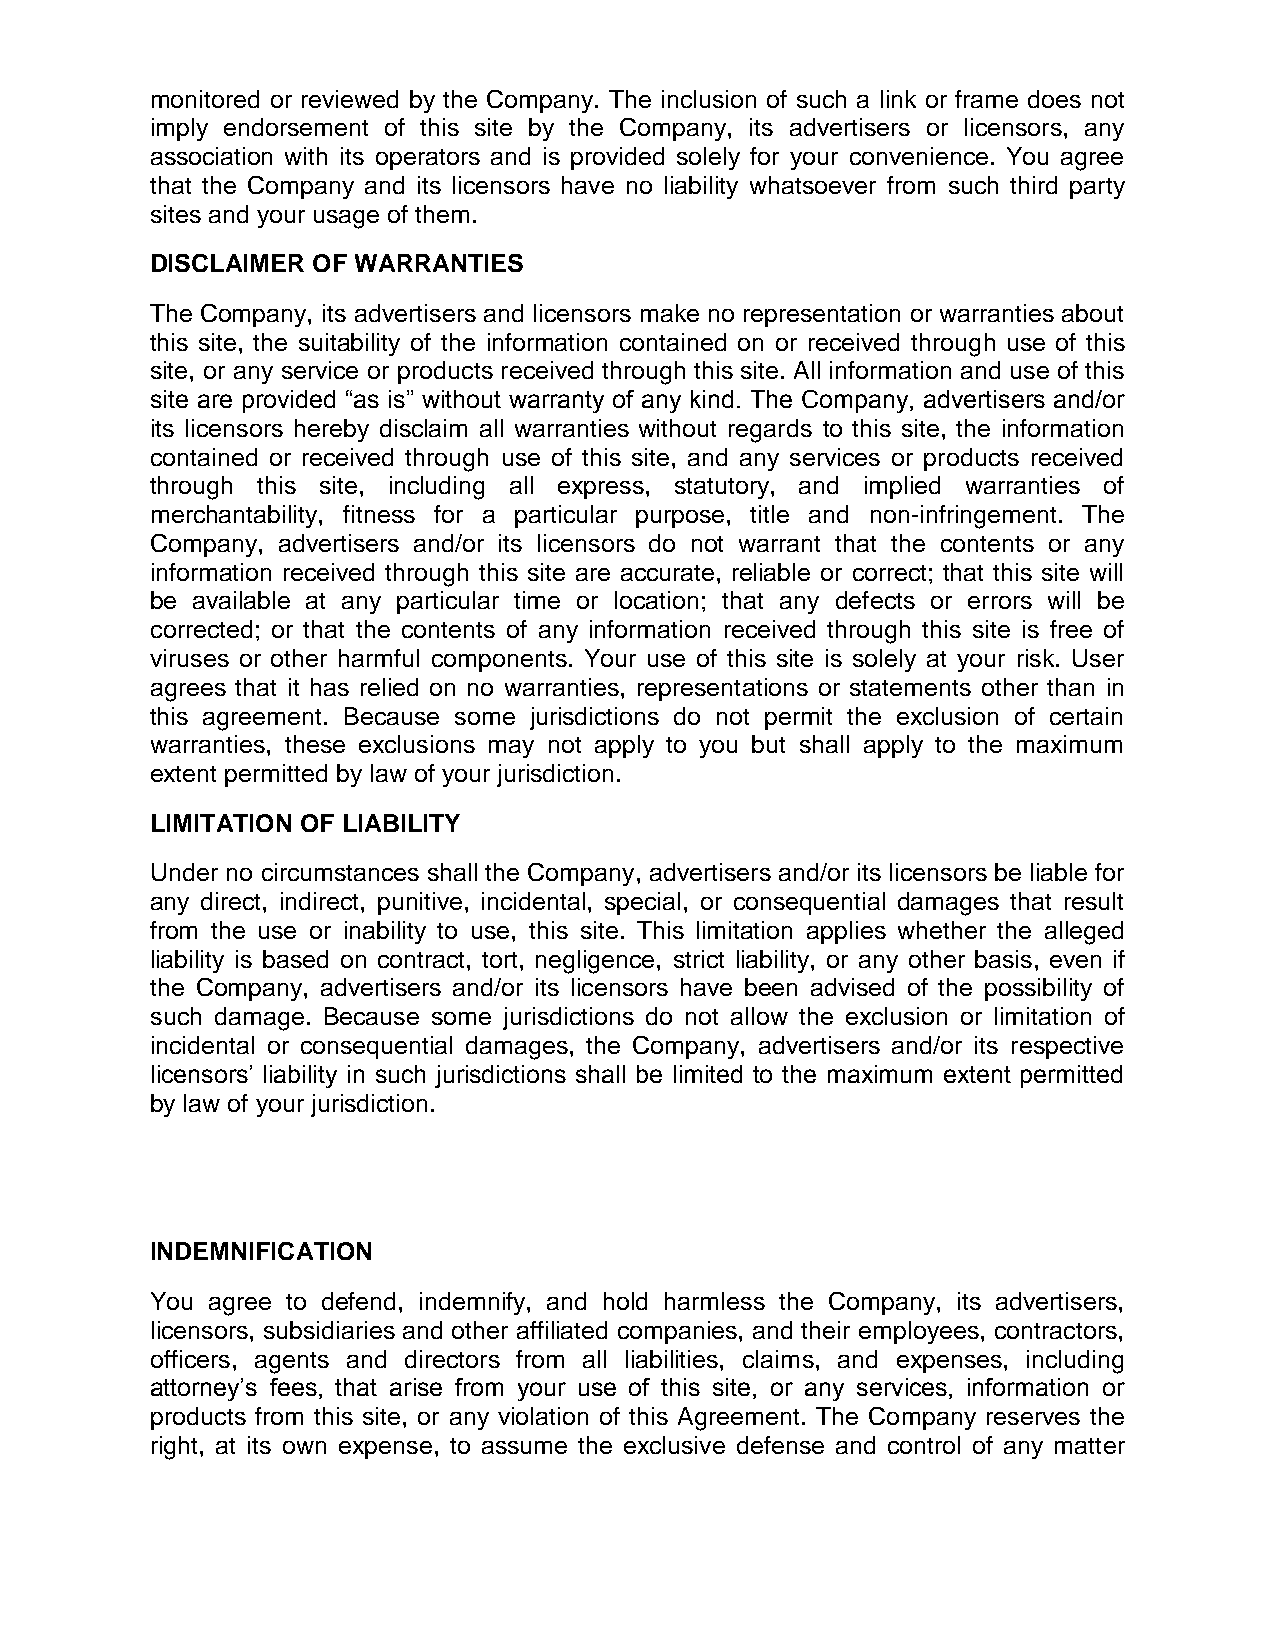
monitored or reviewed by the Company. The inclusion of such a link or frame does not
 imply endorsement of this site by the Company, its advertisers or licensors, any
 association with its operators and is provided solely for your convenience. You agree
 that the Company and its licensors have no liability whatsoever from such third party
 sites and your usage of them.
 DISCLAIMER OF WARRANTIES
 The Company, its advertisers and licensors make no representation or warranties about
 this site, the suitability of the information contained on or received through use of this
 site, or any service or products received through this site. All information and use of this
 site are provided “as is” without warranty of any kind. The Company, advertisers and/or
 its licensors hereby disclaim all warranties without regards to this site, the information
 contained or received through use of this site, and any services or products received
 through this site, including all express, statutory, and implied warranties of
 merchantability, fitness for a particular purpose, title and non-infringement. The
 Company, advertisers and/or its licensors do not warrant that the contents or any
 information received through this site are accurate, reliable or correct; that this site will
 be available at any particular time or location; that any defects or errors will be
 corrected; or that the contents of any information received through this site is free of
 viruses or other harmful components. Your use of this site is solely at your risk. User
 agrees that it has relied on no warranties, representations or statements other than in
 this agreement. Because some jurisdictions do not permit the exclusion of certain
 warranties, these exclusions may not apply to you but shall apply to the maximum
 extent permitted by law of your jurisdiction.
 LIMITATION OF LIABILITY
 Under no circumstances shall the Company, advertisers and/or its licensors be liable for
 any direct, indirect, punitive, incidental, special, or consequential damages that result
 from the use or inability to use, this site. This limitation applies whether the alleged
 liability is based on contract, tort, negligence, strict liability, or any other basis, even if
 the Company, advertisers and/or its licensors have been advised of the possibility of
 such damage. Because some jurisdictions do not allow the exclusion or limitation of
 incidental or consequential damages, the Company, advertisers and/or its respective
 licensors’ liability in such jurisdictions shall be limited to the maximum extent permitted
 by law of your jurisdiction.
 INDEMNIFICATION
 You agree to defend, indemnify, and hold harmless the Company, its advertisers,
 licensors, subsidiaries and other affiliated companies, and their employees, contractors,
 officers, agents and directors from all liabilities, claims, and expenses, including
 attorney’s fees, that arise from your use of this site, or any services, information or
 products from this site, or any violation of this Agreement. The Company reserves the
 right, at its own expense, to assume the exclusive defense and control of any matter